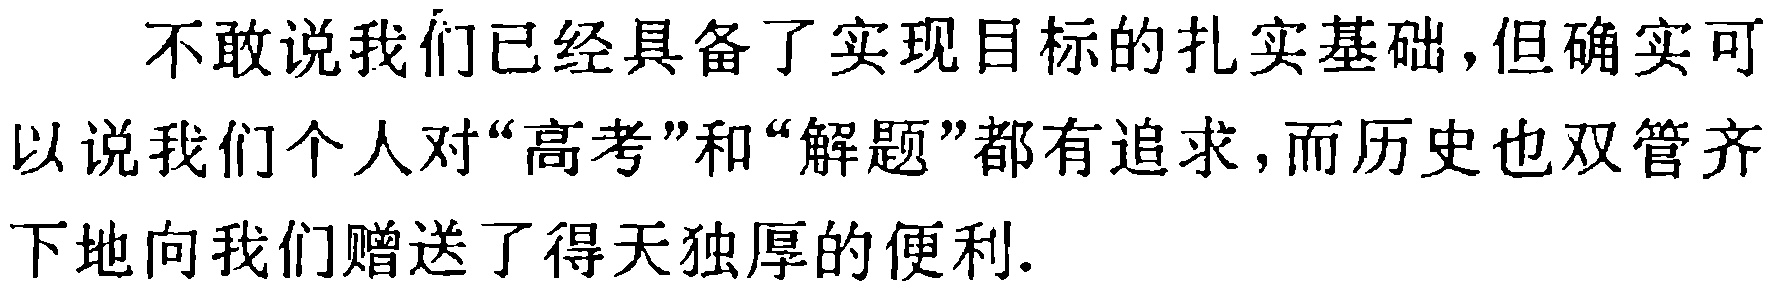
不敢说我们已经具备了实现目标的扎实基础，但确实可以说我们个人对“高考”和“解题”都有追求，而历史也双管齐下地向我们赠送了得天独厚的便利.